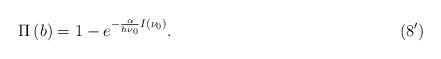
LaTeX: \begin{align*}\qquad\qquad\qquad\qquad\qquad\quad\quad\quad \Pi \left( b \right) = 1 - e^{ - \frac{\alpha }{h\nu _0}I( {\nu _0 } )} . \qquad\qquad\qquad\qquad\qquad\qquad\quad\quad (8^\prime)\end{align*}